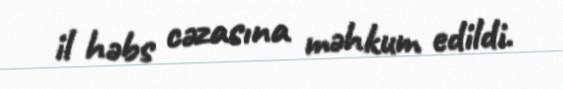
il həbs cəzasına məhkum edildi.